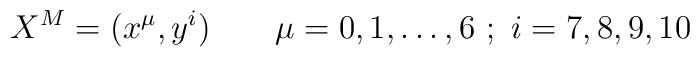
X^M=(x^\mu,y^i)\qquad \mu=0,1,\ldots,6\ ;\ i=7,8,9,10